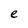
Character: e